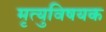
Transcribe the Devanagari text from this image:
मृत्युविषयक